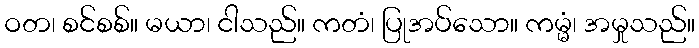
ဝတ၊ စင်စစ်။ မယာ၊ ငါသည်။ ကတံ၊ ပြုအပ်သော။ ကမ္မံ၊ အမှုသည်။